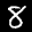
Label: 8